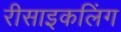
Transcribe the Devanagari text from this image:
रीसाइकलिंग